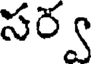
సర్వ